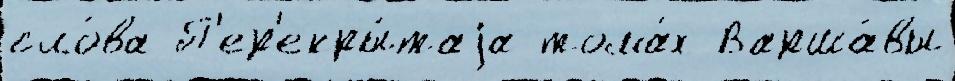
сло́ва П'ер'екры́таjа тома́х Варша́вы